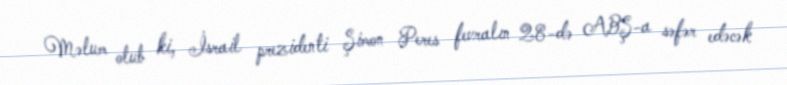
Məlum olub ki, İsrail prezidenti Şimon Peres fevralın 28-də ABŞ-a səfər edəcək